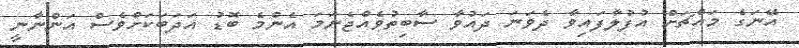
އޭނަގެ މައްޗަށް އުފުލާފައިވާ ދެވަނަ ދައުވާ ސާބިތުވެއްޖެނަމަ އެންމެ ބޮޑު އަދަބަކަށްވެސް އަންނާނީ